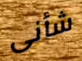
شأنى